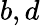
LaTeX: b,d